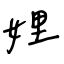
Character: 娌